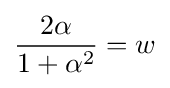
{\frac {2\alpha }{1+\alpha ^{2}}}=w